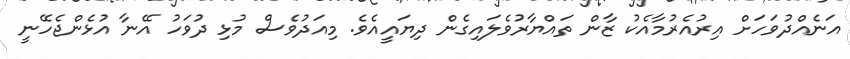
އަނެއްދުވަހަށް އިރުއެރުމާއެކު ޒާން ތައްޔާރުވެލައިގެން ދިޔައީއެވެ. މިއަދުވެސް މުޅި ދުވަހު އޭނާ އުޅެންޖެހޭނީ